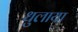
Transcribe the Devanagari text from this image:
धुलाया